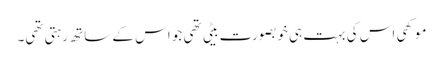
موکھی اس کی بہت ہی خوبصورت بیٹی تھی جو اس کے ساتھ رہتی تھی۔